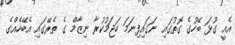
އެއީ ގުޅަ ބޭހުގެ ގޮތުގައި ނަގައިފިނަމަ ހަޖަމުކުރާ ނިޒާމް ގެ ތެރޭގައި އެބޭހެއްގެ